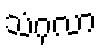
သံဂုလာ